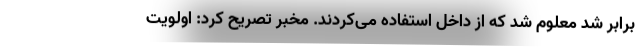
برابر شد معلوم شد که از داخل استفاده می‌کردند. مخبر تصریح کرد: اولویت